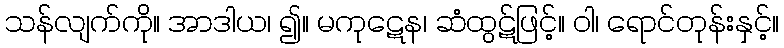
သန်လျက်ကို။ အာဒါယ၊ ၍။ မကုဋေန၊ ဆံထွဋ်ဖြင့်။ ဝါ၊ ရောင်တုန်းနှင့်။